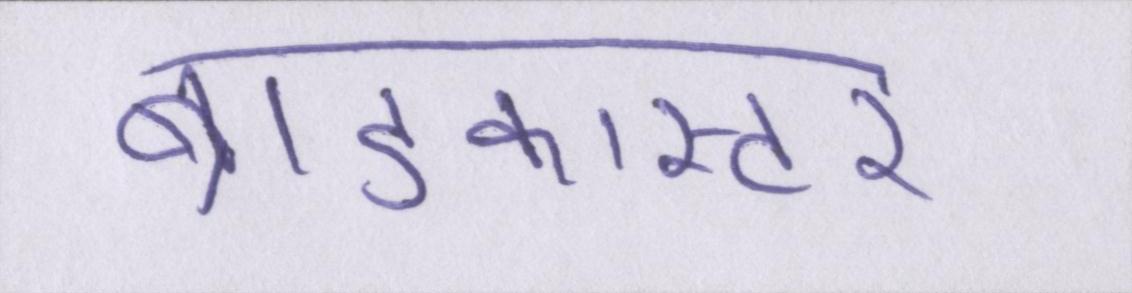
ब्राडकास्टर